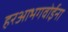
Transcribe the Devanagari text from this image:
हरआभगवोईना